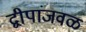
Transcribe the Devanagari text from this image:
द्वीपांजवळ